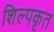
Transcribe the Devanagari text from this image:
शिल्पकृत